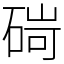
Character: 碋